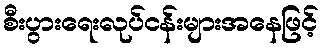
စီးပွားရေးလုပ်ငန်းများအနေဖြင့်